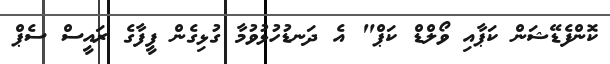
ކޮންފެޑޭޝަން ކަޕާއި ވޯލްޑް ކަޕް" އެ ދަނޑުހުޅުވުމާ ގުޅިގެން ފީފާގެ ރައީސް ސެޕް